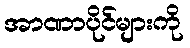
အာဏာပိုင်များကို